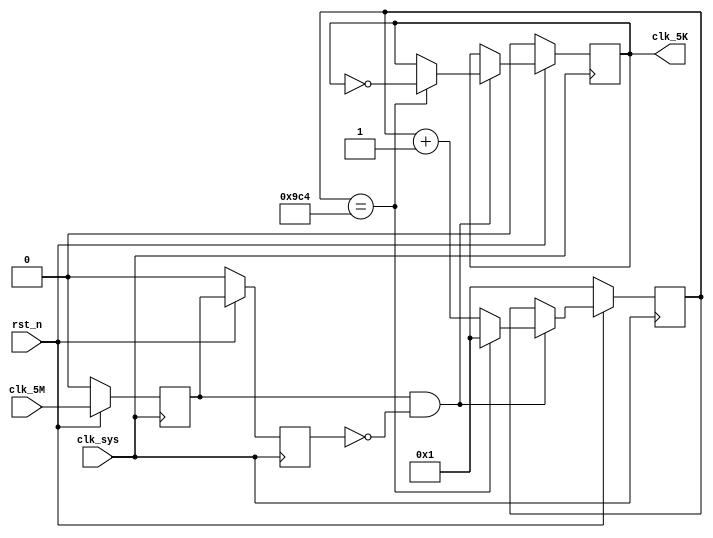
// clk_div500.v
module clk_div500(
                  clk_5M,     
                  clk_sys,//
                  rst_n,
                  clk_5K     //1KHz
                 );

input clk_5M;
input clk_sys;
input rst_n;
output clk_5K;

reg clk_5K;

reg [11:0] count;

reg clk_5M_reg1;
reg clk_5M_reg2;
wire clk_5M_en;

reg clear_n;

always @ (posedge clk_sys)
    begin
         if (rst_n == 1'b0)
             {clk_5M_reg1,clk_5M_reg2} <= 2'b0;
         else
             begin
                  clk_5M_reg1 <= clk_5M;
                  clk_5M_reg2 <= clk_5M_reg1;
             end
    end

assign clk_5M_en = clk_5M_reg1 & (~clk_5M_reg2);

always @ (posedge clk_sys)
    begin
         if (rst_n == 1'b0)
             begin
                  count   <= 12'b1;
                  clk_5K <= 1'b0;
             end
         else
             begin
                  if(clk_5M_en == 1'b1)
                    begin
                      if (clear_n == 1'b0)
                        begin
                           count   <= 12'b1;
                           clk_5K <= ~clk_5K;
                        end        
                      else
                        begin
                           count   <= count + 1;
                           clk_5K <= clk_5K;
                        end
                    end
                  else
                    begin
                      count   <= count;
                      clk_5K <= clk_5K;
                    end
             end
   end

always @ (count)
    begin
         if (count == 12'd2500)
             clear_n = 1'b0;
         else
             clear_n = 1'b1;
    end

endmodule